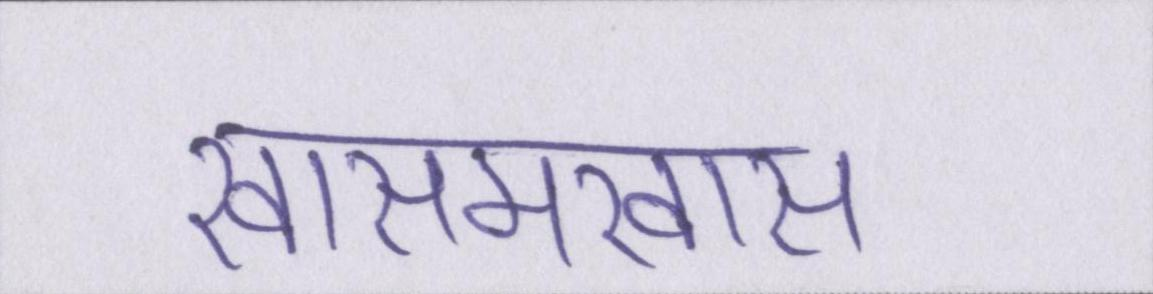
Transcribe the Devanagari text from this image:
खासमखास